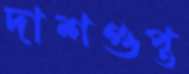
দাশগুপ্ত